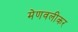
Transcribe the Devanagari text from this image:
मेणवलीकर